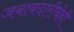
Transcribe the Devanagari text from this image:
जबाबदारीचेही